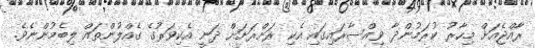
ރާއްޖެއަށް މިހާރު ކުރަމުންދާ ވިއްސާރައިގައި އެކި ރަށްރަށަށް ދަނީ އެކިވަރުގެ ގެއްލުންތައް ލިބެމުންނެވެ.